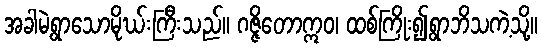
အခါမဲ့ရွာသောမိုဃ်းကြီးသည်။ ဂဇ္ဇိတောဣဝ၊ ထစ်ကြိုး၍ရွာဘိသကဲ့သို့။